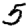
Digit: 5